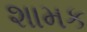
શામક